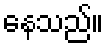
နေသည်။